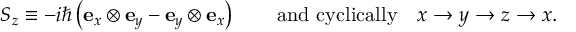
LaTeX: S _ { z } \equiv - i \hbar \left( \mathbf { e } _ { x } \otimes \mathbf { e } _ { y } - \mathbf { e } _ { y } \otimes \mathbf { e } _ { x } \right) \qquad { \mathrm { a n d ~ c y c l i c a l l y } } \quad x \to y \to z \to x .